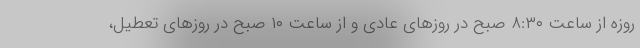
روزه از ساعت ۸:۳۰ صبح در روزهای عادی و از ساعت ۱۰ صبح در روزهای تعطیل،